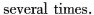
several times.